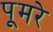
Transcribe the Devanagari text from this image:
पूमरे